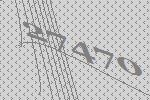
27470